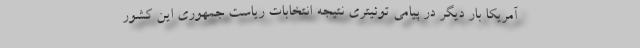
آمریکا بار دیگر در پیامی توئیتری نتیجه انتخابات ریاست جمهوری این کشور